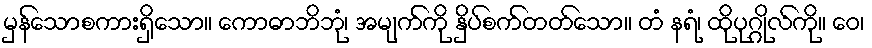
မှန်သောစကားရှိသော။ ကောဓာဘိဘုံ၊ အမျက်ကို နှိပ်စက်တတ်သော။ တံ နရံ၊ ထိုပုဂ္ဂိုလ်ကို။ ဝေ၊